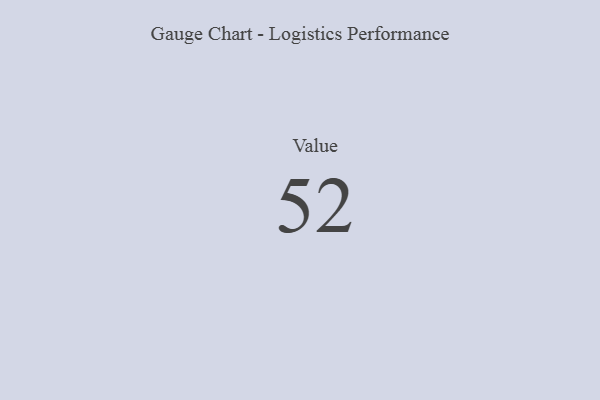
{"axis": {"x": "Metric", "y": "Value"}, "legend": [""], "data": [{"x": "Value", "y": 52, "type": ""}]}